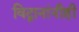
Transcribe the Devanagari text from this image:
विद्वानांनीही